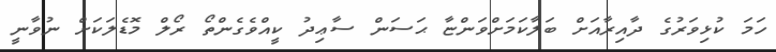
ހަމަ ކުޅިވަރުގެ ދާއިރާއަށް ބަލާކަމަށްވަންޏާ ޙަސަން ސާޢިދު ކީއްވެގެންތޯ ރޯލް މޮޑެލަކަށް ނުވާނީ